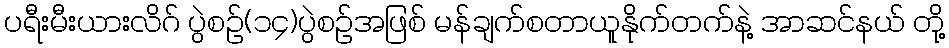
ပရီးမီးယားလိဂ် ပွဲစဉ်(၁၄)ပွဲစဉ်အဖြစ် မန်ချက်စတာယူနိုက်တက်နဲ့ အာဆင်နယ် တို့